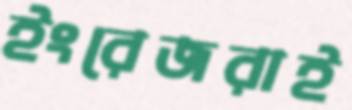
ইংরেজরাই